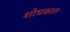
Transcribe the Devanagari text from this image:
शोधकाल